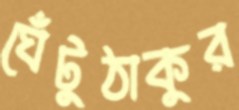
ঘেঁটুঠাকুর